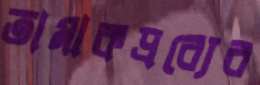
তামাকদ্রব্যের